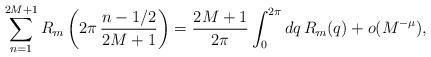
LaTeX: \begin{align*}\sum_{n=1}^{2M+1} R_m\left(2\pi\,\frac{ n-1/2}{2M+1}\right)=\frac{2M+1 }{2\pi}\int_0^{2\pi}d q \,R_m(q)+ o(M^{-\mu}),\end{align*}